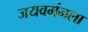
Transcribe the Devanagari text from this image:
जयवर्मनला